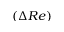
( \Delta R e )